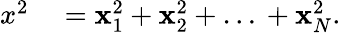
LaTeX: \begin{array}{rl}{x^{2}}&{{}=\mathbf{x}_{1}^{2}+\mathbf{x}_{2}^{2}+\ldots{}+\mathbf{x}_{N}^{2}.}\end{array}